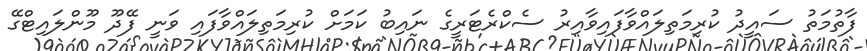
ފާތުމަތު ސައީދު ކުރިމަތިލައްވާފައިވާއިރު ސެކްރެޓަރީގެ ނައިބު ކަމަށް ކުރިމަތިލައްވާފައި ވަނީ ފޭދޫ މޫންލައިޓްގޭ